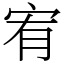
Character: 宥